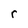
Character: r